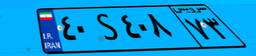
۴۰S۴۰۸۷۳